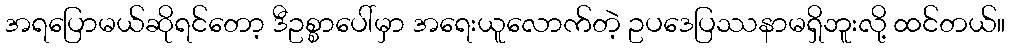
အရပြောမယ်ဆိုရင်တော့ ဒီဥစ္စာပေါ်မှာ အရေးယူလောက်တဲ့ ဥပဒေပြဿနာမရှိဘူးလို့ ထင်တယ်။